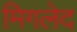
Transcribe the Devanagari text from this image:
मिगलेद